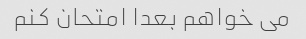
می خواهم بعدا امتحان کنم